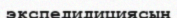
экспедидициясын